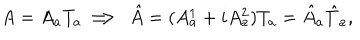
A = A _ { a } T _ { a } \Longrightarrow \, \, \hat { A } = ( A _ { a } ^ { 1 } + i A _ { a } ^ { 2 } ) T _ { a } = \hat { A } _ { a } \hat { T } _ { a } ,